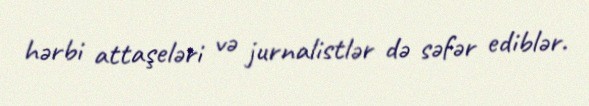
hərbi attaşeləri və jurnalistlər də səfər ediblər.